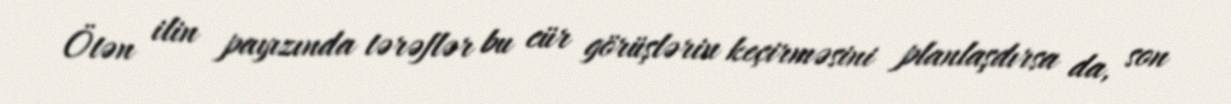
Ötən ilin payızında tərəflər bu cür görüşlərin keçirməsini planlaşdırsa da, son